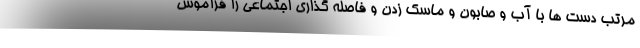
مرتب دست ها با آب و صابون و ماسک زدن و فاصله گذاری اجتماعی را فراموش